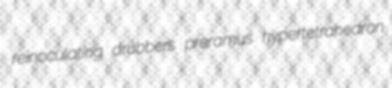
reinoculating drubbers preramus hypertetrahedron